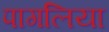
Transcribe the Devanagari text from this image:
पागलिया